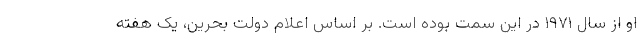
او از سال ۱۹۷۱ در این سمت بوده است. بر اساس اعلام دولت بحرین، یک هفته